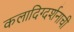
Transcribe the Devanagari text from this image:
कलादिग्दर्शनाची